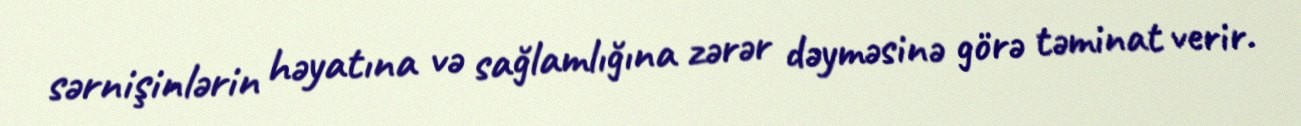
sərnişinlərin həyatına və sağlamlığına zərər dəyməsinə görə təminat verir.